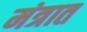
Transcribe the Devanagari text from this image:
मंत्रात